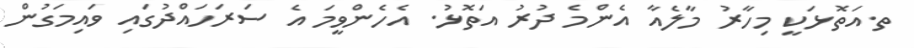
ތ.އަތޮޅަކީ މިހާރު މާލެއާ އެންމެ ދުރު އަތޮޅު. އެހެންވީމަ އެ ސަރަހައްދުގައި ވައިމަގުން